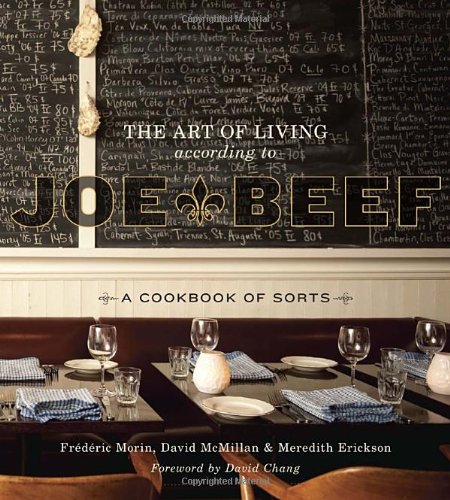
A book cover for The Art of Living According to Joe Beef: A Cookbook of Sorts; David McMillan; Cookbooks, Food & Wine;